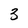
Character: 3